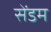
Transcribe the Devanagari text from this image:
सेंडम